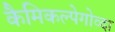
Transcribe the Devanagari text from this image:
कैमिकल्पेगोव्दा